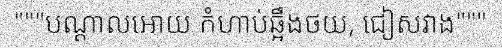
"""បណ្តាលអោយ កំហាប់ឆ្អឹងថយ, ជៀសវាង"""